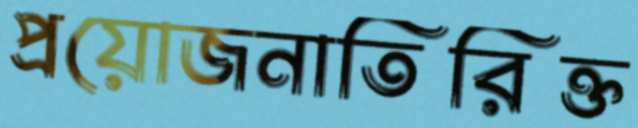
প্রয়োজনাতিরিক্ত